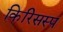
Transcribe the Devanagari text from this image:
किरिसस्प